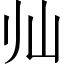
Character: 𱛅